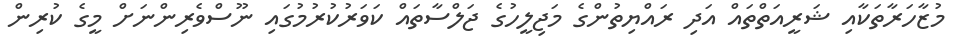
މުޒާހަރާތަކާއި ޝަރީއަތްތައް އަދި ރައްޔިތުންގެ މަޖިލީހުގެ ޖަލްސާތައް ކަވަރުކުރުމުގައި ނޫސްވެރިންނަށް މީގެ ކުރިން